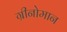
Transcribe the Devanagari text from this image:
ग्रीनोमान